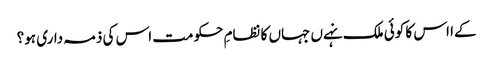
کےا اس کا کوئی ملک نہےں جہاں کا نظامِ حکومت اس کی ذمہ داری ہو؟